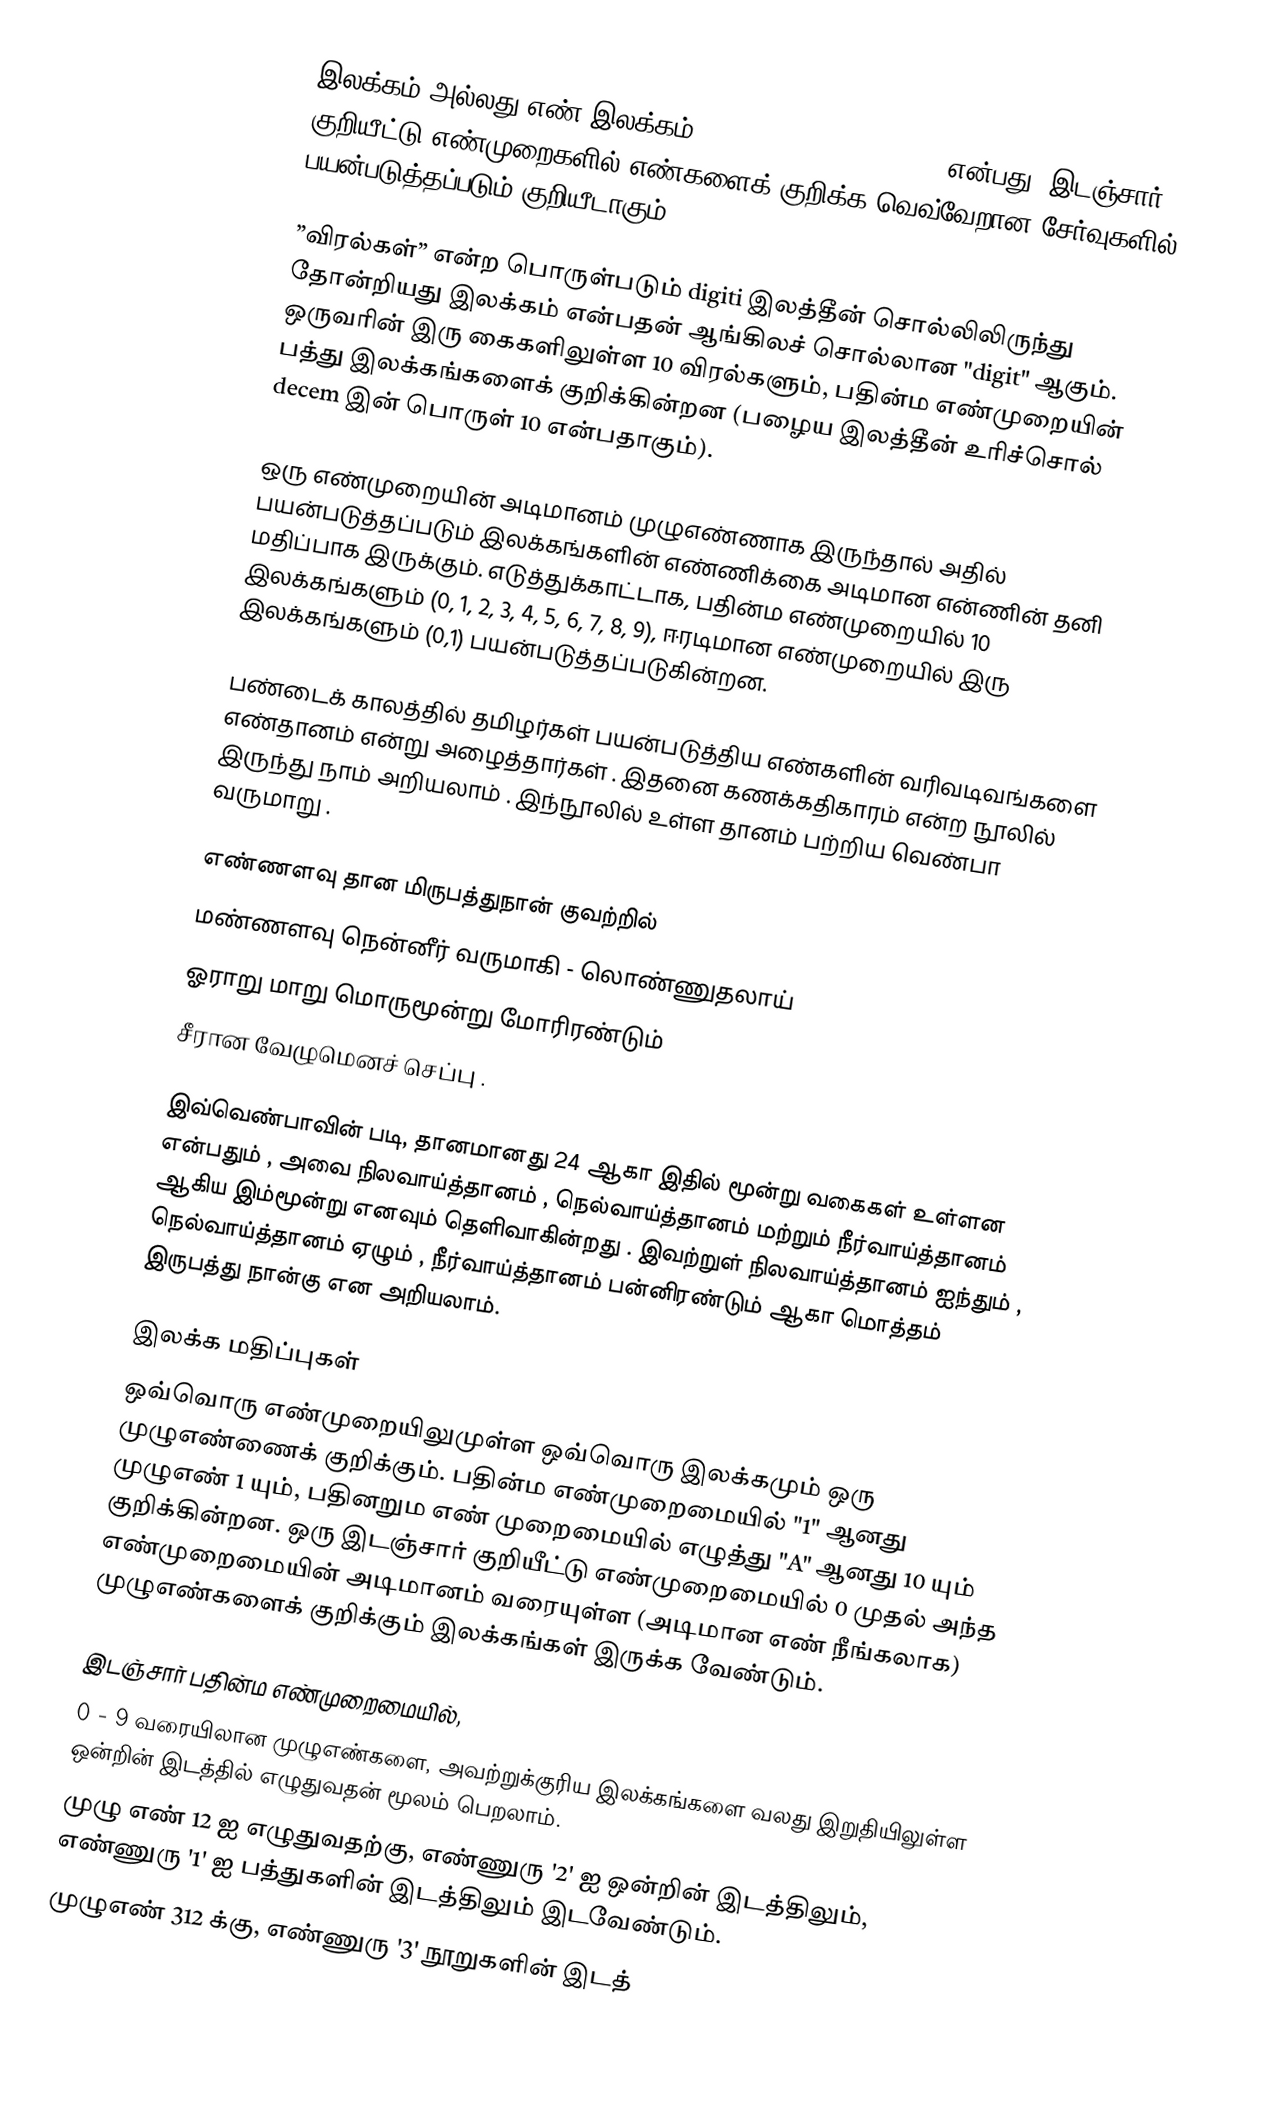
இலக்கம் அல்லது எண் இலக்கம் (Digit, Numerical digit) என்பது, இடஞ்சார் குறியீட்டு எண்முறைகளில் எண்களைக் குறிக்க  வெவ்வேறான சேர்வுகளில் பயன்படுத்தப்படும் குறியீடாகும்.

”விரல்கள்” என்ற பொருள்படும் digiti இலத்தீன் சொல்லிலிருந்து தோன்றியது இலக்கம் என்பதன் ஆங்கிலச் சொல்லான "digit" ஆகும். ஒருவரின் இரு கைகளிலுள்ள 10 விரல்களும்,  பதின்ம எண்முறையின் பத்து இலக்கங்களைக் குறிக்கின்றன (பழைய இலத்தீன் உரிச்சொல் decem இன் பொருள் 10 என்பதாகும்).

ஒரு எண்முறையின் அடிமானம் முழுஎண்ணாக இருந்தால் அதில் பயன்படுத்தப்படும் இலக்கங்களின் எண்ணிக்கை அடிமான என்ணின் தனி மதிப்பாக இருக்கும். எடுத்துக்காட்டாக, பதின்ம எண்முறையில் 10 இலக்கங்களும் (0, 1, 2, 3, 4, 5, 6, 7, 8, 9), ஈரடிமான எண்முறையில் இரு இலக்கங்களும் (0,1) பயன்படுத்தப்படுகின்றன.

பண்டைக் காலத்தில் தமிழர்கள் பயன்படுத்திய எண்களின் வரிவடிவங்களை எண்தானம் என்று அழைத்தார்கள் . இதனை கணக்கதிகாரம் என்ற நூலில் இருந்து நாம் அறியலாம் . இந்நூலில் உள்ள தானம் பற்றிய வெண்பா வருமாறு .

எண்ணளவு தான மிருபத்துநான் குவற்றில்
மண்ணளவு நென்னீர் வருமாகி - லொண்ணுதலாய்
ஓராறு மாறு மொருமூன்று மோரிரண்டும்
சீரான வேழுமெனச் செப்பு .

இவ்வெண்பாவின் படி, தானமானது 24 ஆகா இதில் மூன்று வகைகள் உள்ளன என்பதும் , அவை நிலவாய்த்தானம் , நெல்வாய்த்தானம் மற்றும் நீர்வாய்த்தானம் ஆகிய இம்மூன்று எனவும் தெளிவாகின்றது . இவற்றுள் நிலவாய்த்தானம் ஐந்தும் , நெல்வாய்த்தானம் ஏழும் , நீர்வாய்த்தானம் பன்னிரண்டும் ஆகா மொத்தம் இருபத்து நான்கு என அறியலாம்.

இலக்க மதிப்புகள்
ஒவ்வொரு எண்முறையிலுமுள்ள ஒவ்வொரு இலக்கமும் ஒரு முழுஎண்ணைக் குறிக்கும். பதின்ம எண்முறைமையில் "1" ஆனது முழுஎண் 1 யும்,  பதினறும எண் முறைமையில் எழுத்து "A" ஆனது 10 யும் குறிக்கின்றன. ஒரு இடஞ்சார் குறியீட்டு எண்முறைமையில் 0 முதல் அந்த எண்முறைமையின் அடிமானம் வரையுள்ள (அடிமான எண் நீங்கலாக) முழுஎண்களைக் குறிக்கும் இலக்கங்கள் இருக்க வேண்டும்.

இடஞ்சார் பதின்ம எண்முறைமையில்,
0 - 9 வரையிலான முழுஎண்களை, அவற்றுக்குரிய இலக்கங்களை வலது இறுதியிலுள்ள ஒன்றின் இடத்தில் எழுதுவதன் மூலம் பெறலாம்.
முழு எண் 12 ஐ எழுதுவதற்கு, எண்ணுரு '2' ஐ ஒன்றின் இடத்திலும், எண்ணுரு '1' ஐ பத்துகளின் இடத்திலும் இடவேண்டும்.
முழுஎண் 312 க்கு, எண்ணுரு '3' நூறுகளின் இடத்